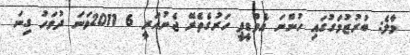
މާލެ: ބުރުޒުމަގުގައި ހުންނަ އެމްޑީޕީ ހަރުގެތެރޭ ޖެނުއަރީ 6 2011ވަނަ ދުވަހު ގިނަ